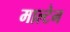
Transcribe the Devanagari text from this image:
माल्टेन